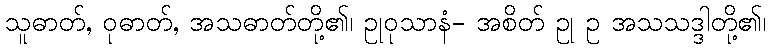
သူဓာတ်, ဝုဓာတ်, အသဓာတ်တို့၏၊ ဥုဝုသာနံ- အစိတ် ဥု ဥ အသသဒ္ဒါတို့၏၊